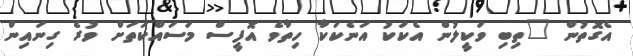
އެގޮތުން "ތިބި ވަކީލުން އެކަކު އަނެކަކާ ހިތާވެ އޮފީސް މަސައްކަތަށް ވުރެ ގިނައިން